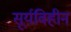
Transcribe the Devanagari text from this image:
सूर्यविहीन